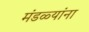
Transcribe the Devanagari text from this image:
मंडळ्यांना